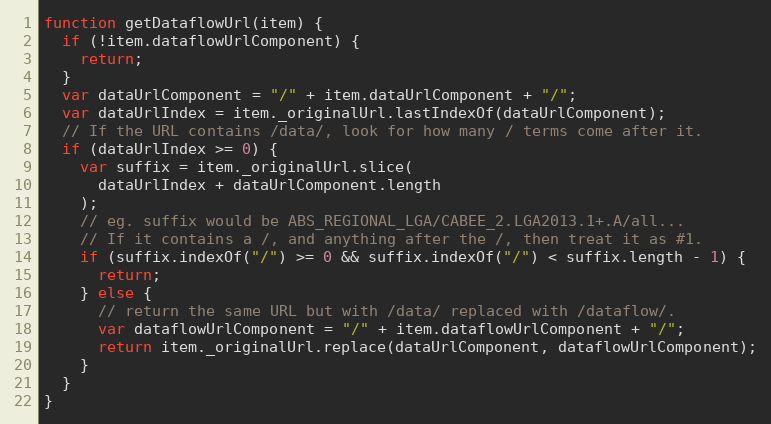
Language: JavaScript
function getDataflowUrl(item) {
  if (!item.dataflowUrlComponent) {
    return;
  }
  var dataUrlComponent = "/" + item.dataUrlComponent + "/";
  var dataUrlIndex = item._originalUrl.lastIndexOf(dataUrlComponent);
  // If the URL contains /data/, look for how many / terms come after it.
  if (dataUrlIndex >= 0) {
    var suffix = item._originalUrl.slice(
      dataUrlIndex + dataUrlComponent.length
    );
    // eg. suffix would be ABS_REGIONAL_LGA/CABEE_2.LGA2013.1+.A/all...
    // If it contains a /, and anything after the /, then treat it as #1.
    if (suffix.indexOf("/") >= 0 && suffix.indexOf("/") < suffix.length - 1) {
      return;
    } else {
      // return the same URL but with /data/ replaced with /dataflow/.
      var dataflowUrlComponent = "/" + item.dataflowUrlComponent + "/";
      return item._originalUrl.replace(dataUrlComponent, dataflowUrlComponent);
    }
  }
}